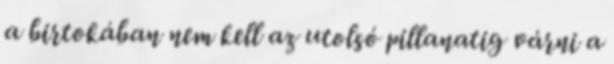
a birtokában nem kell az utolsó pillanatig várni a